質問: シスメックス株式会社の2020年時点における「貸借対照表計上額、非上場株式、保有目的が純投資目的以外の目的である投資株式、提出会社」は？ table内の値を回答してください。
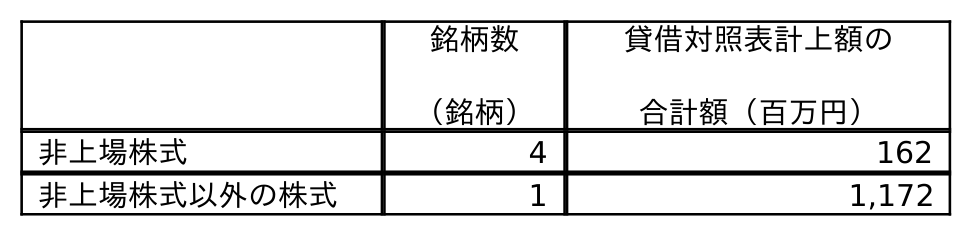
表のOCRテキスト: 銘柄数 （銘柄） 貸借対照表計上額の 合計額（百万円） 非上場株式 4 162 非上場株式以外の株式 1 1,172
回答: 162